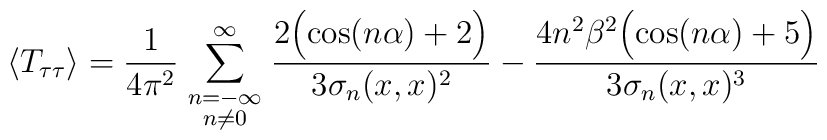
\langle T_{\tau\tau}\rangle = {1\over4\pi^2}\sum_{\scriptstyle n=-\infty\atop\scriptstyle n\ne0}^\infty{2\Bigl(\cos(n\alpha) + 2\Bigr)\over3\sigma_n(x,x)^2} -{4n^2\beta^2\Bigl(\cos(n\alpha)+5\Bigr)\over3\sigma_n(x,x)^3}